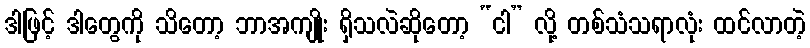
ဒါဖြင့် ဒါတွေကို သိတော့ ဘာအကျိုး ရှိသလဲဆိုတော့ “ငါ” လို့ တစ်သံသရာလုံး ထင်လာတဲ့